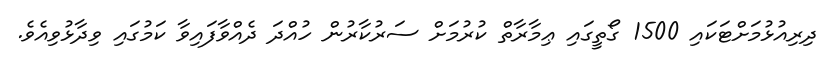
ދިރިއުޅުމަށްޓަކައި 1500 ގޯތީގައި ޢިމާރާތް ކުރުމަށް ސަރުކާރުން ހުއްދަ ދެއްވާފައިވާ ކަމުގައި ވިދާޅުވިއެވެ.